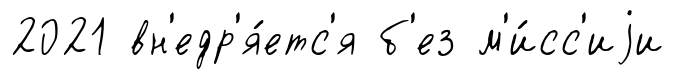
2021 вн'едр'я́етс'я б'ез м'и́сс'иjи